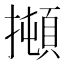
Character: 𰔫